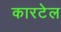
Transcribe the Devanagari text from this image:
कारटेल